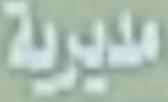
مديرية